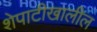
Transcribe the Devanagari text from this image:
शेपाटीखालील